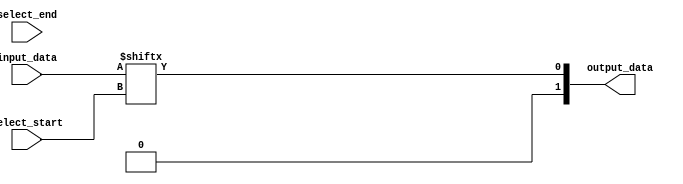
module part_select_assign(
    input [7:0] input_data,
    input [1:0] select_start,
    input [1:0] select_end,
    output [1:0] output_data
);

assign output_data = input_data[select_end:select_start];

endmodule